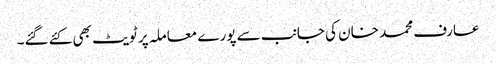
عارف محمد خان کی جانب سے پورے معاملہ پر ٹویٹ بھی کئے گئے۔